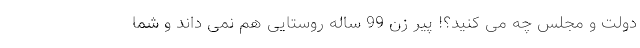
دولت و مجلس چه می کنید؟! پیر زن 99 ساله روستایی هم نمی داند و شما